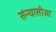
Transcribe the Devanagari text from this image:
संन्यासीओ